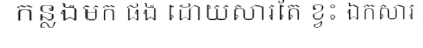
កន្លងមក ផង ដោយសារតែ ខ្វះ ឯកសារ